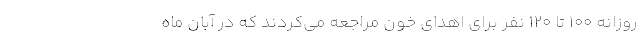
روزانه ۱۰۰ تا ۱۲۰ نفر برای اهدای خون مراجعه می‌کردند که در آبان ماه